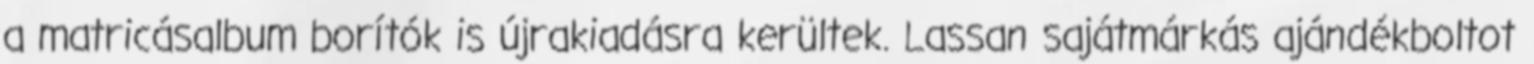
a matricásalbum borítók is újrakiadásra kerültek. Lassan sajátmárkás ajándékboltot